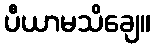
ပီယာမသိချေ။